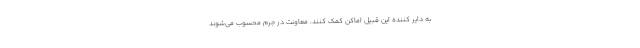
به دایر کننده این قبیل اماکن کمک کنند، معاونت در جرم محسوب می‌شوند